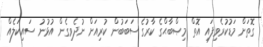
ގޮތަށް މަޑުކުރެވިފައި އޮތް މިޞްބާޙްގެ ކާރުގެ ސަބަބުން ކުރިއަށް ނުދެވިގެން އުޅުނު ސައިކަލެއް